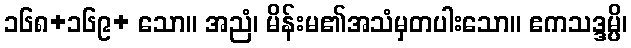
၁၆၈+၁၆၉+ သော။ အညံ၊ မိန်းမ၏အသံမှတပါးသော။ ဧကသဒ္ဒမ္ပိ၊